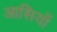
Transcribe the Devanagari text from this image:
आसियाँ